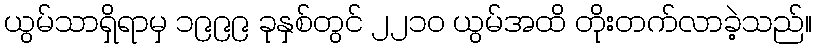
ယွမ်သာရှိရာမှ ၁၉၉၉ ခုနှစ်တွင် ၂၂၁၀ ယွမ်အထိ တိုးတက်လာခဲ့သည်။